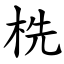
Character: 㭠